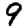
Digit: 9